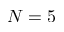
N = 5